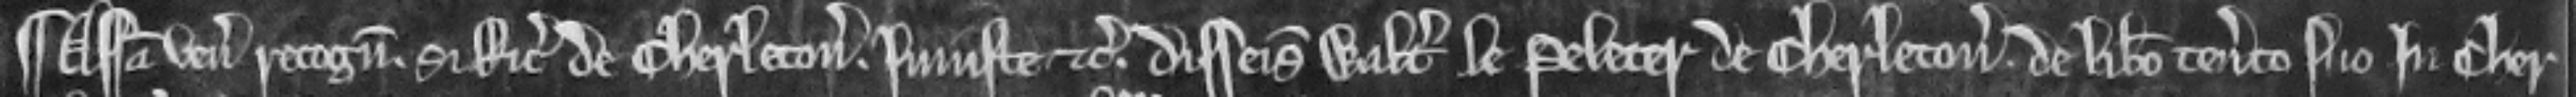
¶ Assisa venit recognitura si Ricardus de Cherleton injuste etc. disseisiverunt Walteru le Peleter de Cherleton de libero tenemento suo in Cher